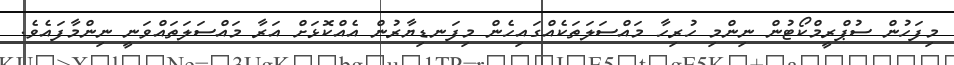
މިފަހުން ސުޕްރީމްކޯޓުން ނިންމި ހުރިހާ މައްސަލަތަކެއްގައިހެން މިފަނޑިޔާރުން އެއްކޮޅަށް އަރާ މައްސަލަތައްވަނީ ނިންމާފައެވެ.